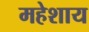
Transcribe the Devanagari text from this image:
महेशाय